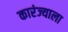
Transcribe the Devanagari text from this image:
कारंज्याला